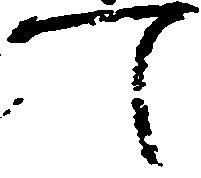
候